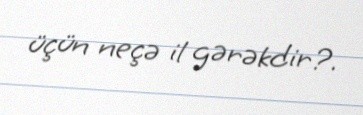
üçün neçə il gərəkdir?.